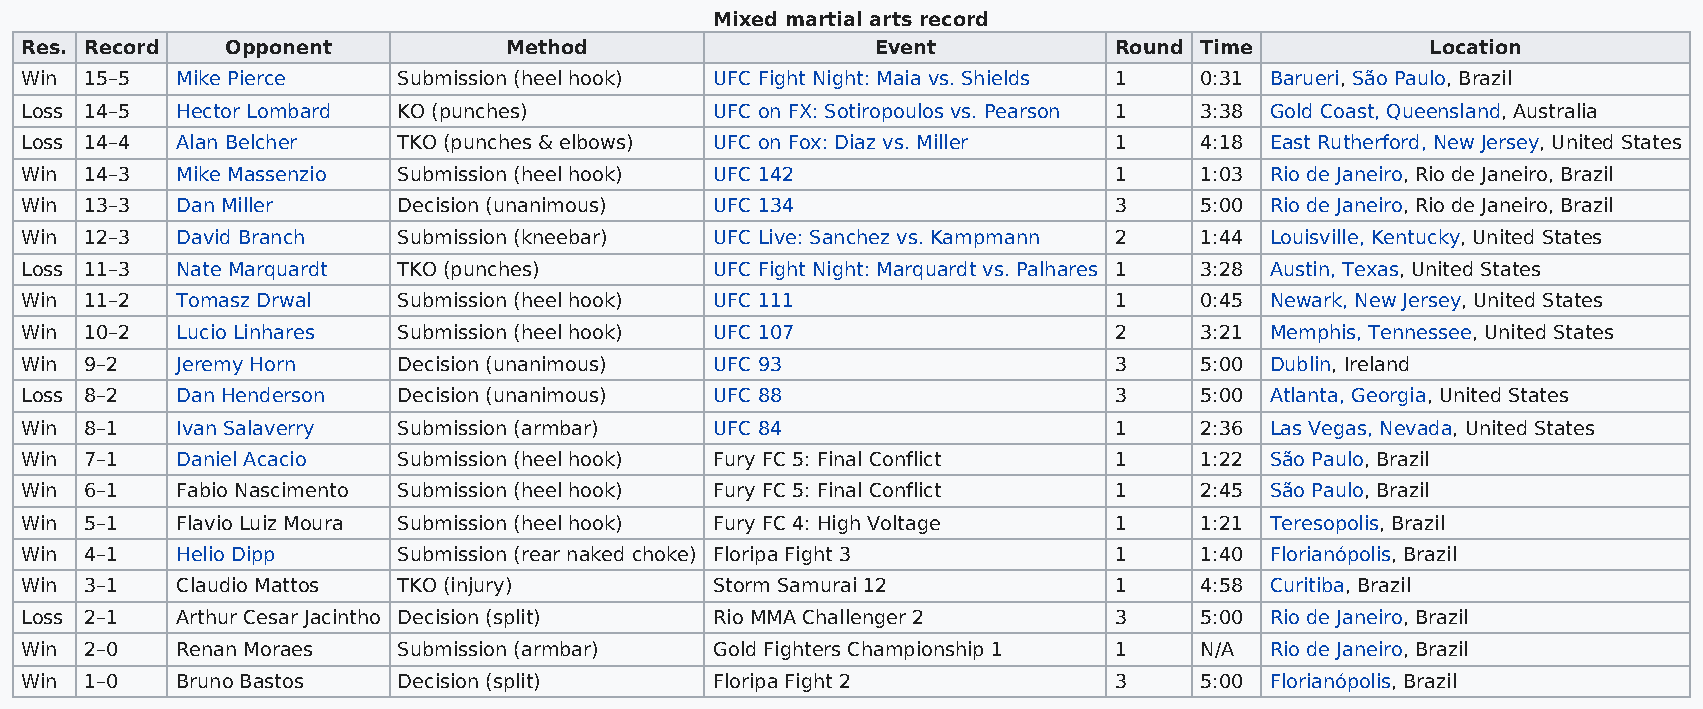
Mixed martial arts record
 Res. Record   Opponent          Method                   Event           Round Time           Location
 Win  15–5  Mike Pierce   Submission (heel hook) UFC Fight Night: Maia vs. Shields 1 0:31 Barueri, São Paulo, Brazil
 Loss 14–5  Hector Lombard KO (punches)        UFC on FX: Sotiropoulos vs. Pearson 1 3:38 Gold Coast, Queensland, Australia
 Loss 14–4  Alan Belcher  TKO (punches & elbows) UFC on Fox: Diaz vs. Miller 1 4:18 East Rutherford, New Jersey, United States
 Win  14–3  Mike Massenzio Submission (heel hook) UFC 142                 1    1:03 Rio de Janeiro, Rio de Janeiro, Brazil
 Win  13–3  Dan Miller    Decision (unanimous) UFC 134                    3    5:00 Rio de Janeiro, Rio de Janeiro, Brazil
 Win  12–3  David Branch  Submission (kneebar) UFC Live: Sanchez vs. Kampmann 2 1:44 Louisville, Kentucky, United States
 Loss 11–3  Nate Marquardt TKO (punches)       UFC Fight Night: Marquardt vs. Palhares 1 3:28 Austin, Texas, United States
 Win  11–2  Tomasz Drwal  Submission (heel hook) UFC 111                  1    0:45 Newark, New Jersey, United States
 Win  10–2  Lucio Linhares Submission (heel hook) UFC 107                 2    3:21 Memphis, Tennessee, United States
 Win  9–2   Jeremy Horn   Decision (unanimous) UFC 93                     3    5:00 Dublin, Ireland
 Loss 8–2   Dan Henderson Decision (unanimous) UFC 88                     3    5:00 Atlanta, Georgia, United States
 Win  8–1   Ivan Salaverry Submission (armbar) UFC 84                     1    2:36 Las Vegas, Nevada, United States
 Win  7–1   Daniel Acacio Submission (heel hook) Fury FC 5: Final Conflict 1   1:22 São Paulo, Brazil
 Win  6–1   Fabio Nascimento Submission (heel hook) Fury FC 5: Final Conflict 1 2:45 São Paulo, Brazil
 Win  5–1   Flavio Luiz Moura Submission (heel hook) Fury FC 4: High Voltage 1 1:21 Teresopolis, Brazil
 Win  4–1   Helio Dipp    Submission (rear naked choke) Floripa Fight 3   1    1:40 Florianópolis, Brazil
 Win  3–1   Claudio Mattos TKO (injury)        Storm Samurai 12           1    4:58 Curitiba, Brazil
 Loss 2–1   Arthur Cesar Jacintho Decision (split) Rio MMA Challenger 2   3    5:00 Rio de Janeiro, Brazil
 Win  2–0   Renan Moraes  Submission (armbar)  Gold Fighters Championship 1 1  N/A  Rio de Janeiro, Brazil
 Win  1–0   Bruno Bastos  Decision (split)     Floripa Fight 2            3    5:00 Florianópolis, Brazil